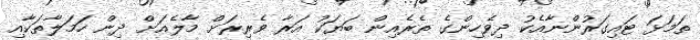
ތަމަޅަ ޓައިގަރުންނާއެކު ދިވެހިންގެ ތެރެއިން ބަޔަކު އަރާ ވެރިރަށް މާލެއަށް ދިން ހަމަލާތަކާއި